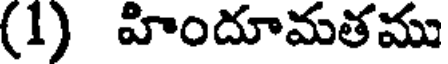
(1) హిందూమతము